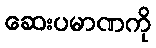
ဆေးပမာဏကို